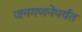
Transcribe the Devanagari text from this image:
जनगणनेपर्यंत